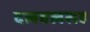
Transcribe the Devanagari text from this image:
दलबलसह